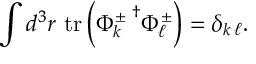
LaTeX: \int d ^ { 3 } r ~ \mathrm { t r } \left( { \Phi _ { k } ^ { \pm } \, } ^ { \dagger } \Phi _ { \ell } ^ { \pm } \right) = \delta _ { k \, \ell } .